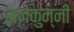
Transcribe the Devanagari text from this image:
सनकुन्नी